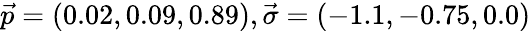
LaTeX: \vec{p}=(0.02,0.09,0.89),\vec{\sigma}=(-1.1,-0.75,0.0)